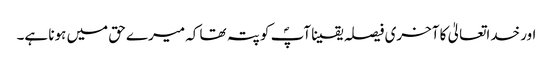
اور خداتعالیٰ کا آخری فیصلہ یقینا آپؐ کو پتہ تھا کہ میرے حق میں ہونا ہے۔